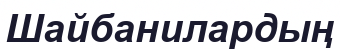
Шайбанилардың